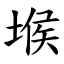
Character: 堠